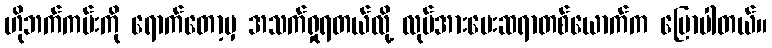
ဟိုဘက်ကမ်းကို ရောက်တော့မှ အသက်ရှုရတယ်လို့ လုပ်အားပေးဆရာတစ်ယောက်က ပြောပါတယ်။